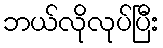
ဘယ်လိုလုပ်ပြီး